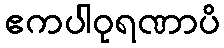
ဧကပါဝုရဏာပိ